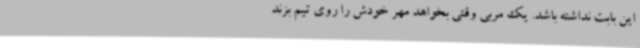
این بابت نداشته باشد. یک مربی وقتی بخواهد مهر خودش را روی تیم بزند